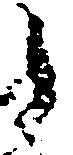
候